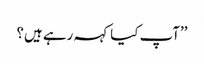
’’آپ کیا کہہ رہے ہیں؟